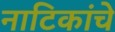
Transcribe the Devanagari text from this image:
नाटिकांचे